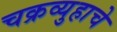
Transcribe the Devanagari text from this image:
चक्रव्युहाचे